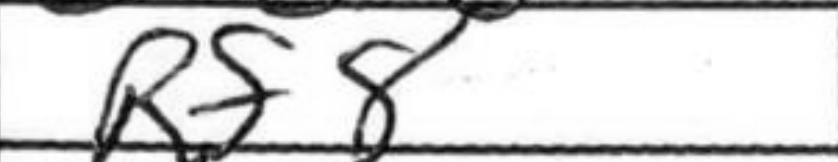
Transcription: Rf8